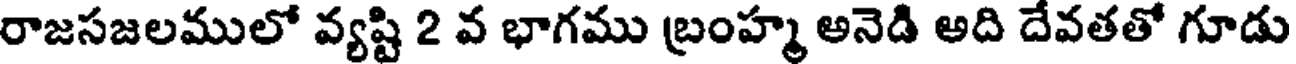
రాజసజలములో వ్యష్టి 2 వ భాగము బ్రంహ్మ అనెడి అది దేవతతో గూడు